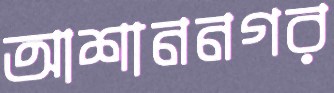
আশাননগর